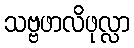
သဗ္ဗဖာလိဖုလ္လာ